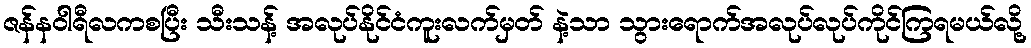
ဇန်နဝါရီလကစပြီး သီးသန့် အလုပ်နိုင်ငံကူးလက်မှတ် နဲ့သာ သွားရောက်အလုပ်လုပ်ကိုင်ကြရမယ်လို့